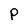
Character: p